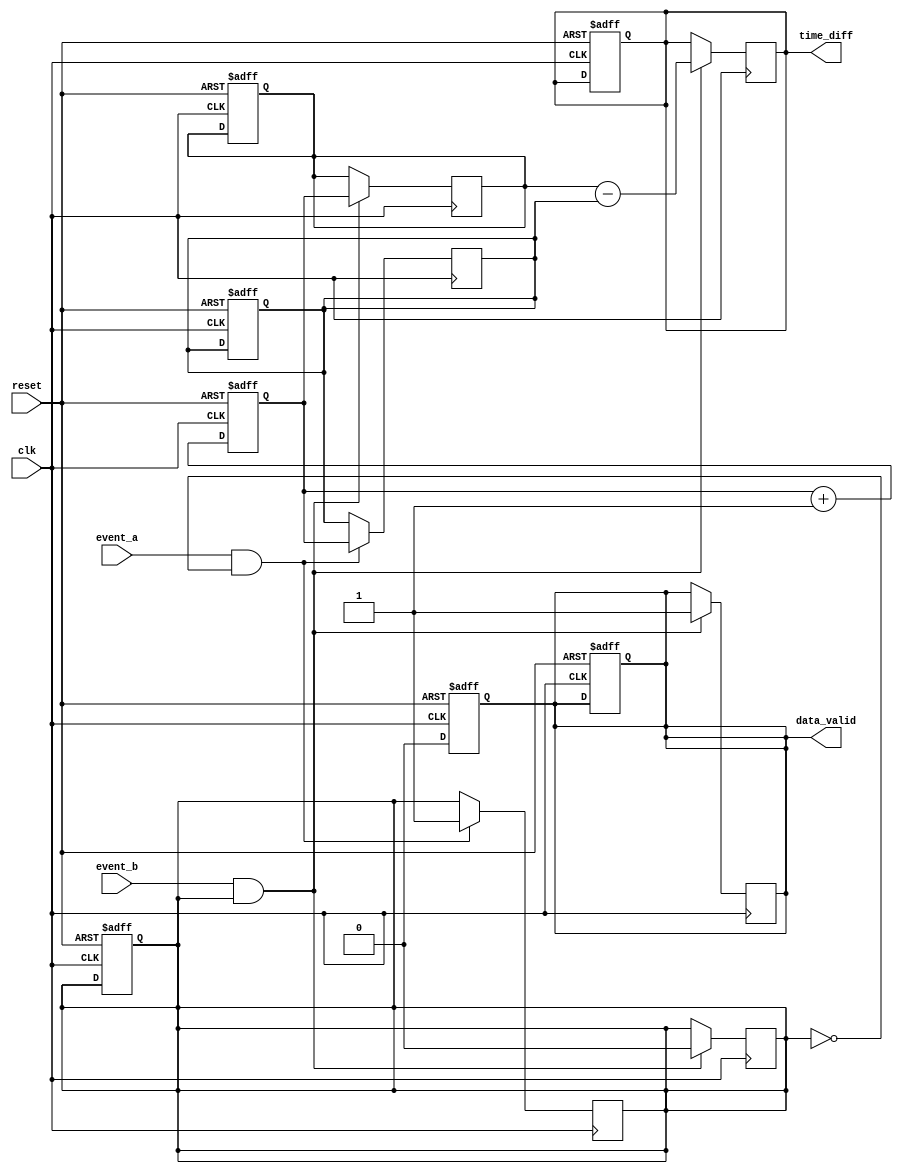
module memory_blocks_synced_tdc (
    input wire clk,                   // Global clock signal
    input wire reset,                 // Reset signal
    input wire event_a,               // Start Signal (Event A)
    input wire event_b,               // Stop Signal (Event B)
    output reg [31:0] time_diff,      // Output time difference
    output reg data_valid             // Data valid signal
);

    // Parameters
    parameter MEMORY_SIZE = 1024;    // Size of memory array

    // Internal Variables
    reg [31:0] start_timestamp;        // Start timestamp
    reg [31:0] stop_timestamp;         // Stop timestamp
    reg [9:0] mem_index;               // Memory index for storing timestamps
    reg [31:0] mem_start [0:MEMORY_SIZE-1]; // Memory for start timestamps
    reg [31:0] mem_stop [0:MEMORY_SIZE-1];  // Memory for stop timestamps
    reg capturing;                     // Capturing state

    // Clock counter
    reg [31:0] clock_counter;

    // Reset Logic
    always @(posedge clk or posedge reset) begin
        if (reset) begin
            clock_counter <= 0;
            mem_index <= 0;
            start_timestamp <= 0;
            stop_timestamp <= 0;
            time_diff <= 0;
            data_valid <= 0;
            capturing <= 0;
        end else begin
            clock_counter <= clock_counter + 1;
        end
    end

    // Event A Rising Edge Detection
    always @(posedge clk) begin
        if (event_a && !capturing) begin
            start_timestamp <= clock_counter; // Capture start timestamp
            capturing <= 1;                   // Set capturing state
        end
    end

    // Event B Rising Edge Detection
    always @(posedge clk) begin
        if (event_b && capturing) begin
            stop_timestamp <= clock_counter;  // Capture stop timestamp
            mem_start[mem_index] <= start_timestamp; // Store start timestamp in memory
            mem_stop[mem_index] <= stop_timestamp;   // Store stop timestamp in memory
            time_diff <= stop_timestamp - start_timestamp; // Calculate time difference
            data_valid <= 1;                    // Indicate data is valid
            mem_index <= mem_index + 1;        // Increment memory index
            capturing <= 0;                     // Reset capturing state
        end
    end

    // Data Valid Reset
    always @(posedge clk or posedge reset) begin
        if (reset) begin
            data_valid <= 0;
        end else begin
            if (data_valid) begin
                data_valid <= 0; // Reset data valid after reading
            end
        end
    end

    // Optional: Overflow Handling
    always @(posedge clk or posedge reset) begin
        if (reset) begin
            // Reset logic for overflow if needed
        end else if (mem_index >= MEMORY_SIZE) begin
            mem_index <= MEMORY_SIZE - 1; // Prevent overflow
        end
    end

endmodule